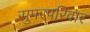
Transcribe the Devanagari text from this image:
सुपरपरिवार